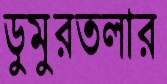
ডুমুরতলার